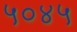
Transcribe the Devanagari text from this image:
५०४५